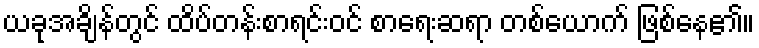
ယခုအချိန်တွင် ထိပ်တန်းစာရင်းဝင် စာရေးဆရာ တစ်ယောက် ဖြစ်နေ၏။